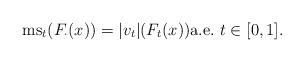
LaTeX: \begin{align*}{\rm ms}_t({F_{\cdot}}(x))=|v_t|(F_t(x)){\rm a.e.}\ t\in[0,1].\end{align*}